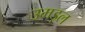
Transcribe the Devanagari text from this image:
उमड़ल